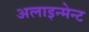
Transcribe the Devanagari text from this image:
अलाइन्मेन्ट